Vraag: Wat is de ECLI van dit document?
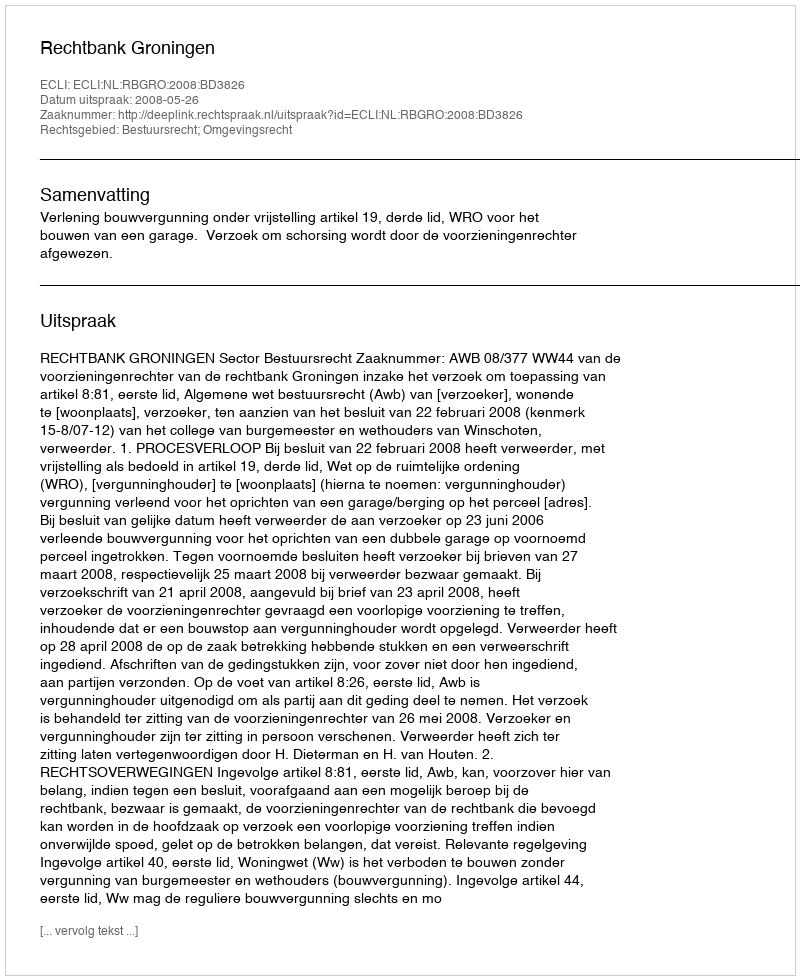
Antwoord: ECLI:NL:RBGRO:2008:BD3826